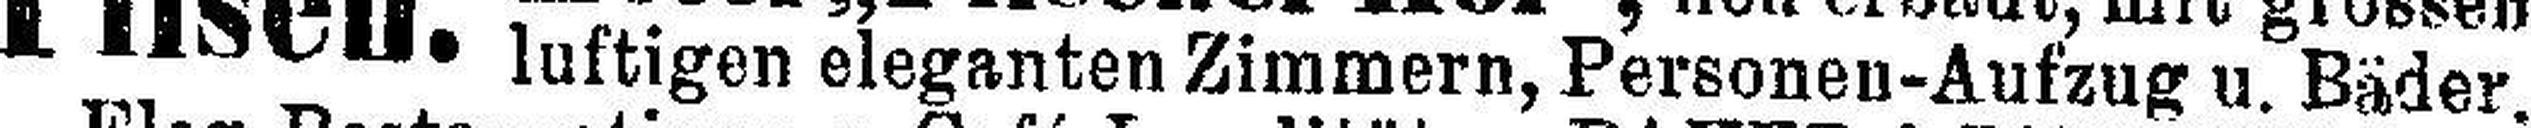
luftigen eleganten Zimmern, Personen-Aufzug u. Bäder.